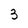
Character: 3